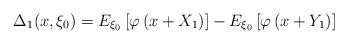
LaTeX: \begin{align*}\Delta_{1}(x,\xi_0)=E_{\xi_0}\left[\varphi\left(x+X_{1}\right)\right]-E_{\xi_{0}}\left[\varphi\left(x+Y_{1}\right)\right]\end{align*}